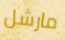
مارشل